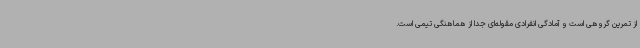
از تمرین گروهی است و آمادگی انفرادی مقوله‌ای جدا از هماهنگی تیمی است.